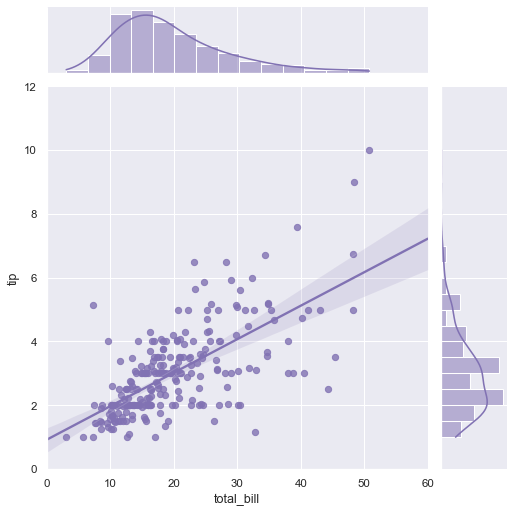
python, seaborn, jointplot